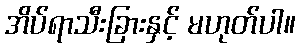
အိပ်ရာသီးခြားနှင့် မဟုတ်ပါ။